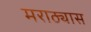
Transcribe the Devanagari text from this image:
मराठ्यास